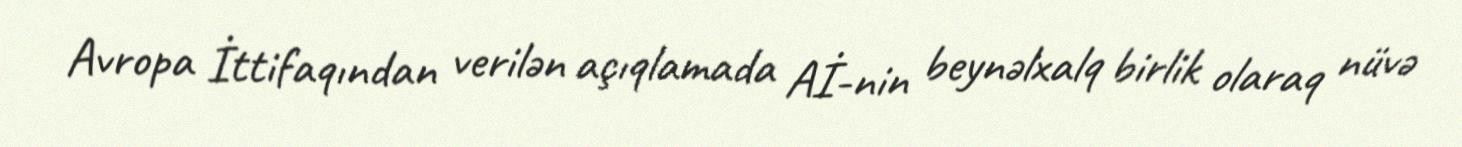
Avropa İttifaqından verilən açıqlamada Aİ-nin beynəlxalq birlik olaraq nüvə